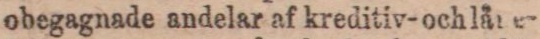
obegagnade andelar af kreditiv-ochläter